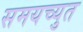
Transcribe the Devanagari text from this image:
समयच्युत